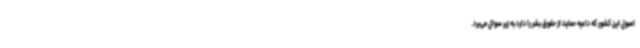
اصول این کشور که داعیه حمایت از حقوق بشر را دارد به زیر سوال می‌برد.